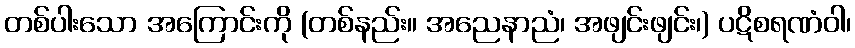
တစ်ပါးသော အကြောင်းကို (တစ်နည်း။ အညေနာညံ၊ အဖျင်းဖျင်း၊) ပဋိစရဏံဝါ၊